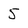
Character: 5